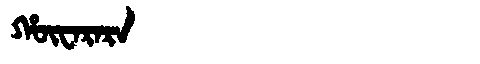
Manchu: ᡥᡡᠸᠠᡵᠠᡵᠠ
Romanization: HŪWARARA